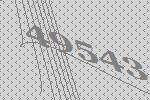
49543